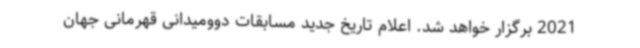
2021 برگزار خواهد شد. اعلام تاریخ جدید مسابقات دوومیدانی قهرمانی جهان